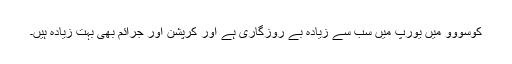
کوسووو ميں يورپ ميں سب سے زيادہ بے روزگاری ہے اور کرپشن اور جرائم بھی بہت زيادہ ہيں۔